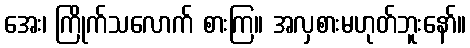
အေး၊ ကြိုက်သလောက် စားကြ။ အလှစားမဟုတ်ဘူးနော်။